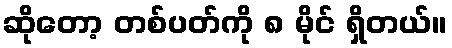
ဆိုတော့ တစ်ပတ်ကို ၈ မိုင် ရှိတယ်။